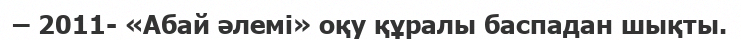
– 2011- «Абай әлемі» оқу құралы баспадан шықты.